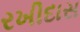
રખીદાસ